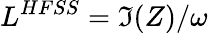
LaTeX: L^{HFSS}=\Im(Z)/\omega